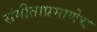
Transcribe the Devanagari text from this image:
संगीताप्रमाणेच